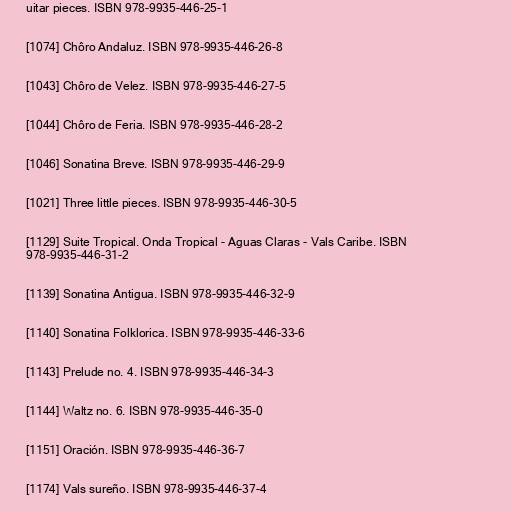
uitar pieces. ISBN 978-9935-446-25-1

[1074] Chôro Andaluz. ISBN 978-9935-446-26-8

[1043] Chôro de Velez. ISBN 978-9935-446-27-5

[1044] Chôro de Feria. ISBN 978-9935-446-28-2

[1046] Sonatina Breve. ISBN 978-9935-446-29-9

[1021] Three little pieces. ISBN 978-9935-446-30-5

[1129] Suite Tropical. Onda Tropical - Aguas Claras - Vals Caribe. ISBN
978-9935-446-31-2

[1139] Sonatina Antigua. ISBN 978-9935-446-32-9

[1140] Sonatina Folklorica. ISBN 978-9935-446-33-6

[1143] Prelude no. 4. ISBN 978-9935-446-34-3

[1144] Waltz no. 6. ISBN 978-9935-446-35-0

[1151] Oración. ISBN 978-9935-446-36-7

[1174] Vals sureño. ISBN 978-9935-446-37-4